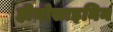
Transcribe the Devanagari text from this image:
हीमोसाइनिन